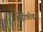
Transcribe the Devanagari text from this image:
शेंडीफोड्या